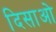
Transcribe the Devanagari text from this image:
दिसाओ